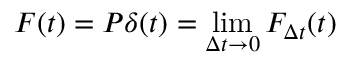
F ( t ) = P \delta ( t ) = \operatorname* { l i m } _ { \Delta t \to 0 } F _ { \Delta t } ( t )